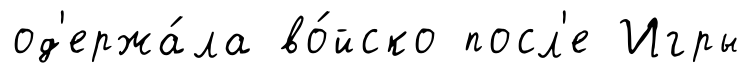
од'ержа́ла во́йско посл'е Игры